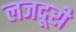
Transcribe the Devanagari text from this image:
लजदूरी